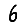
Digit: 6